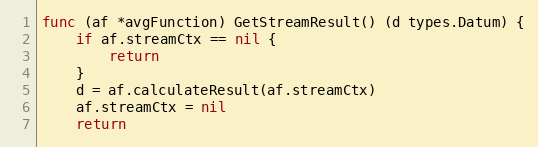
Language: Go
func (af *avgFunction) GetStreamResult() (d types.Datum) {
	if af.streamCtx == nil {
		return
	}
	d = af.calculateResult(af.streamCtx)
	af.streamCtx = nil
	return